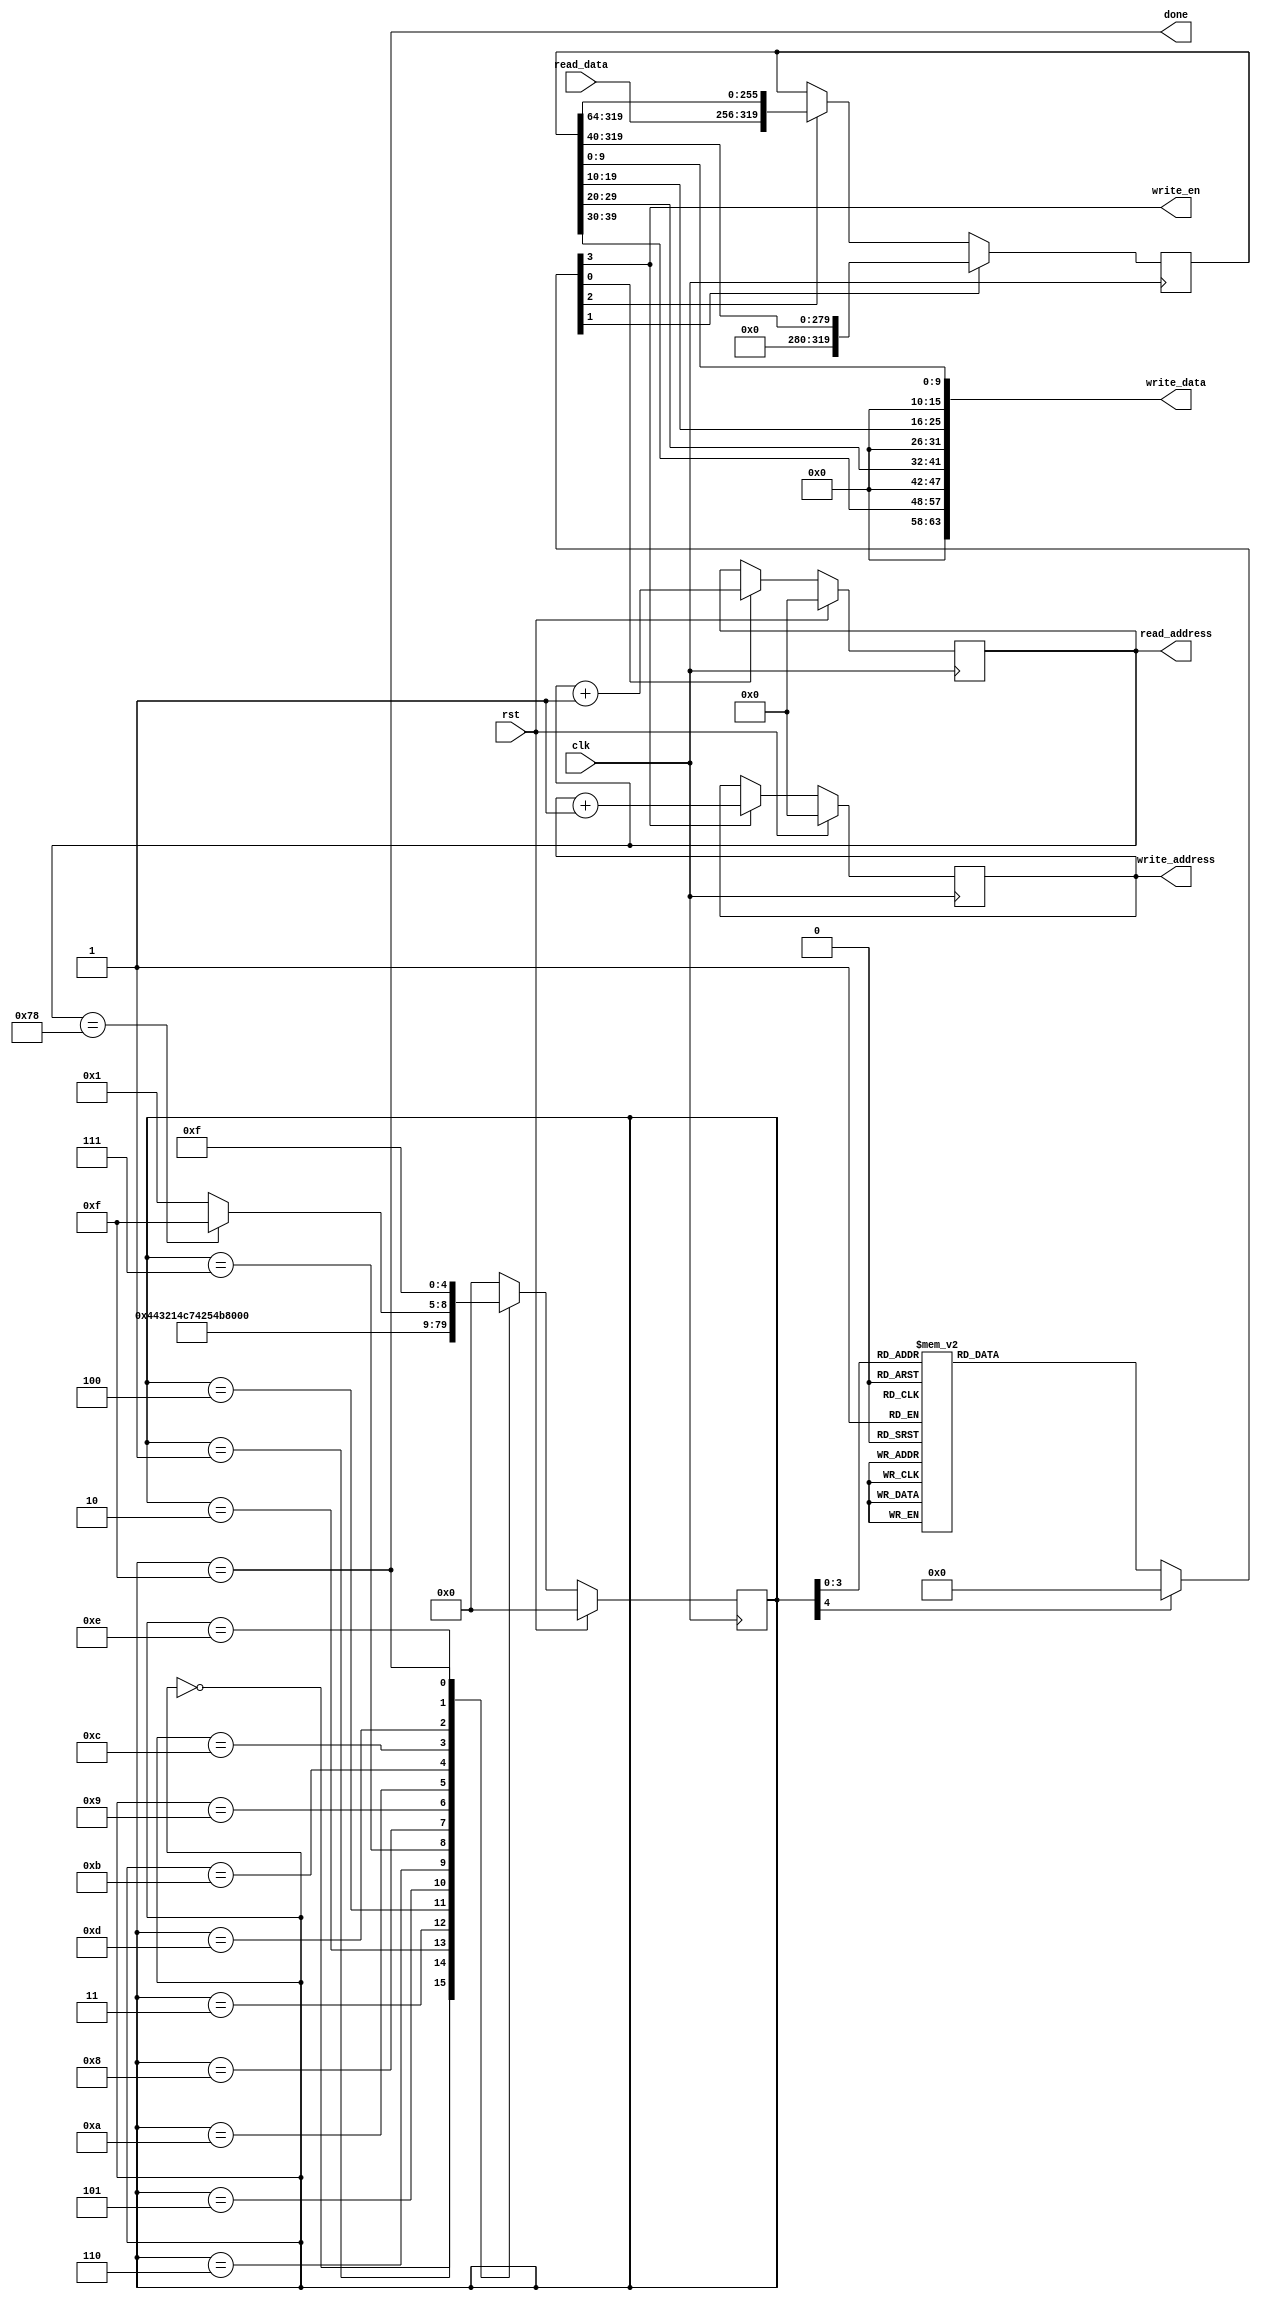
`timescale 1ns / 1ps

//////////////////////////////////////////////////////////////////////////////////

// High-speed instruction set coprocessor architecture for lattice-based cryptography. 
// Saber is implemented as a case study.
// The designers are Sujoy Sinha Roy and Andrea Basso. 

// Implementation by the designers, hereby denoted as "the implementer".

// To the extent possible under law, the implementer has waived all copyright
// and related or neighboring rights to the source code in this file.
// http://creativecommons.org/publicdomain/zero/1.0/

// The codes are for academic research use only and does not come with any support or any responsibility.

//////////////////////////////////////////////////////////////////////////////////


module BS2POLVECp(clk, rst, read_address, read_data,
								 write_address, write_data, write_en,
								 done);
input clk, rst;
output reg [8:0] read_address;
input [63:0] read_data;

output reg [8:0] write_address;
output [63:0] write_data;
output write_en;

output done;

reg [319:0] buffer;
reg inc_write_address, inc_read_address, buffer40_en, buffer64_en;
reg [4:0] state, nextstate;

always @(posedge clk)
begin
	if(buffer40_en)
		buffer <= {40'd0, buffer[319:40]};
	else if(buffer64_en)
		buffer <= {read_data, buffer[319:64]};
end

assign write_data = {6'd0,buffer[39:30],6'd0,buffer[29:20],6'd0,buffer[19:10],6'd0,buffer[9:0]};
assign write_en = inc_write_address;

always @(posedge clk)
begin
	if(rst)
		read_address <= 9'd0;
	else if(inc_read_address)
		read_address <= read_address + 1'b1;
end
wire read_address_120 = (read_address==9'd120);

always @(posedge clk)
begin
	if(rst)
		write_address <= 9'd0;
	else if(inc_write_address)
		write_address <= write_address + 1'b1;
end

always @(posedge clk)
begin
	if(rst)
		state <= 5'd0;
	else
		state <= nextstate;
end		


always @(state)
begin
	case(state)
	5'd0: begin inc_read_address<=0; buffer40_en<=0; buffer64_en<=0; inc_write_address<=0; end
	
	// Read 5 64 bit words and store in buffer
	5'd1: begin inc_read_address<=1; buffer40_en<=0; buffer64_en<=0; inc_write_address<=0; end
	5'd2: begin inc_read_address<=1; buffer40_en<=0; buffer64_en<=1; inc_write_address<=0; end
	5'd3: begin inc_read_address<=1; buffer40_en<=0; buffer64_en<=1; inc_write_address<=0; end
	5'd4: begin inc_read_address<=1; buffer40_en<=0; buffer64_en<=1; inc_write_address<=0; end
	5'd5: begin inc_read_address<=1; buffer40_en<=0; buffer64_en<=1; inc_write_address<=0; end
	5'd6: begin inc_read_address<=0; buffer40_en<=0; buffer64_en<=1; inc_write_address<=0; end
	
	// Read 40 bit chunks; write 4 coeff in uint16_t 
	5'd7: begin inc_read_address<=0; buffer40_en<=1; buffer64_en<=0; inc_write_address<=1; end	
	5'd8: begin inc_read_address<=0; buffer40_en<=1; buffer64_en<=0; inc_write_address<=1; end
	5'd9: begin inc_read_address<=0; buffer40_en<=1; buffer64_en<=0; inc_write_address<=1; end	
	5'd10: begin inc_read_address<=0; buffer40_en<=1; buffer64_en<=0; inc_write_address<=1; end
	5'd11: begin inc_read_address<=0; buffer40_en<=1; buffer64_en<=0; inc_write_address<=1; end	
	5'd12: begin inc_read_address<=0; buffer40_en<=1; buffer64_en<=0; inc_write_address<=1; end	
	5'd13: begin inc_read_address<=0; buffer40_en<=1; buffer64_en<=0; inc_write_address<=1; end
	5'd14: begin inc_read_address<=0; buffer40_en<=1; buffer64_en<=0; inc_write_address<=1; end	

	5'd15: begin inc_read_address<=0; buffer40_en<=0; buffer64_en<=0; inc_write_address<=0; end		
	default: begin inc_read_address<=0; buffer40_en<=0; buffer64_en<=0; inc_write_address<=0; end		
	endcase
end

always @(state or read_address_120)
begin
	case(state)
	5'd0: nextstate <= 5'd1;
	5'd1: nextstate <= 5'd2;
	5'd2: nextstate <= 5'd3;
	5'd3: nextstate <= 5'd4;
	5'd4: nextstate <= 5'd5;
	5'd5: nextstate <= 5'd6;
	5'd6: nextstate <= 5'd7;
	5'd7: nextstate <= 5'd8;
	5'd8: nextstate <= 5'd9;
	5'd9: nextstate <= 5'd10;
	5'd10: nextstate <= 5'd11;
	5'd11: nextstate <= 5'd12;
	5'd12: nextstate <= 5'd13;
	5'd13: nextstate <= 5'd14;
	5'd14: begin
				if(read_address_120)
					nextstate <= 5'd15;
				else
					nextstate <= 5'd1;
			end			
	5'd15: nextstate <= 5'd15;
	default: nextstate <= 5'd0;
	endcase
end

assign done = (state==5'd15);
	
endmodule